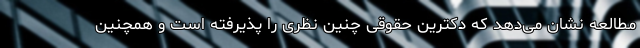
مطالعه نشان می‌دهد که دکترین حقوقی چنین نظری را پذیرفته است و همچنین